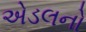
એડલનો